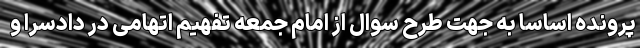
پرونده اساسا به جهت طرح سوال از امام جمعه تفهیم اتهامی در دادسرا و